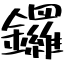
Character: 鑼